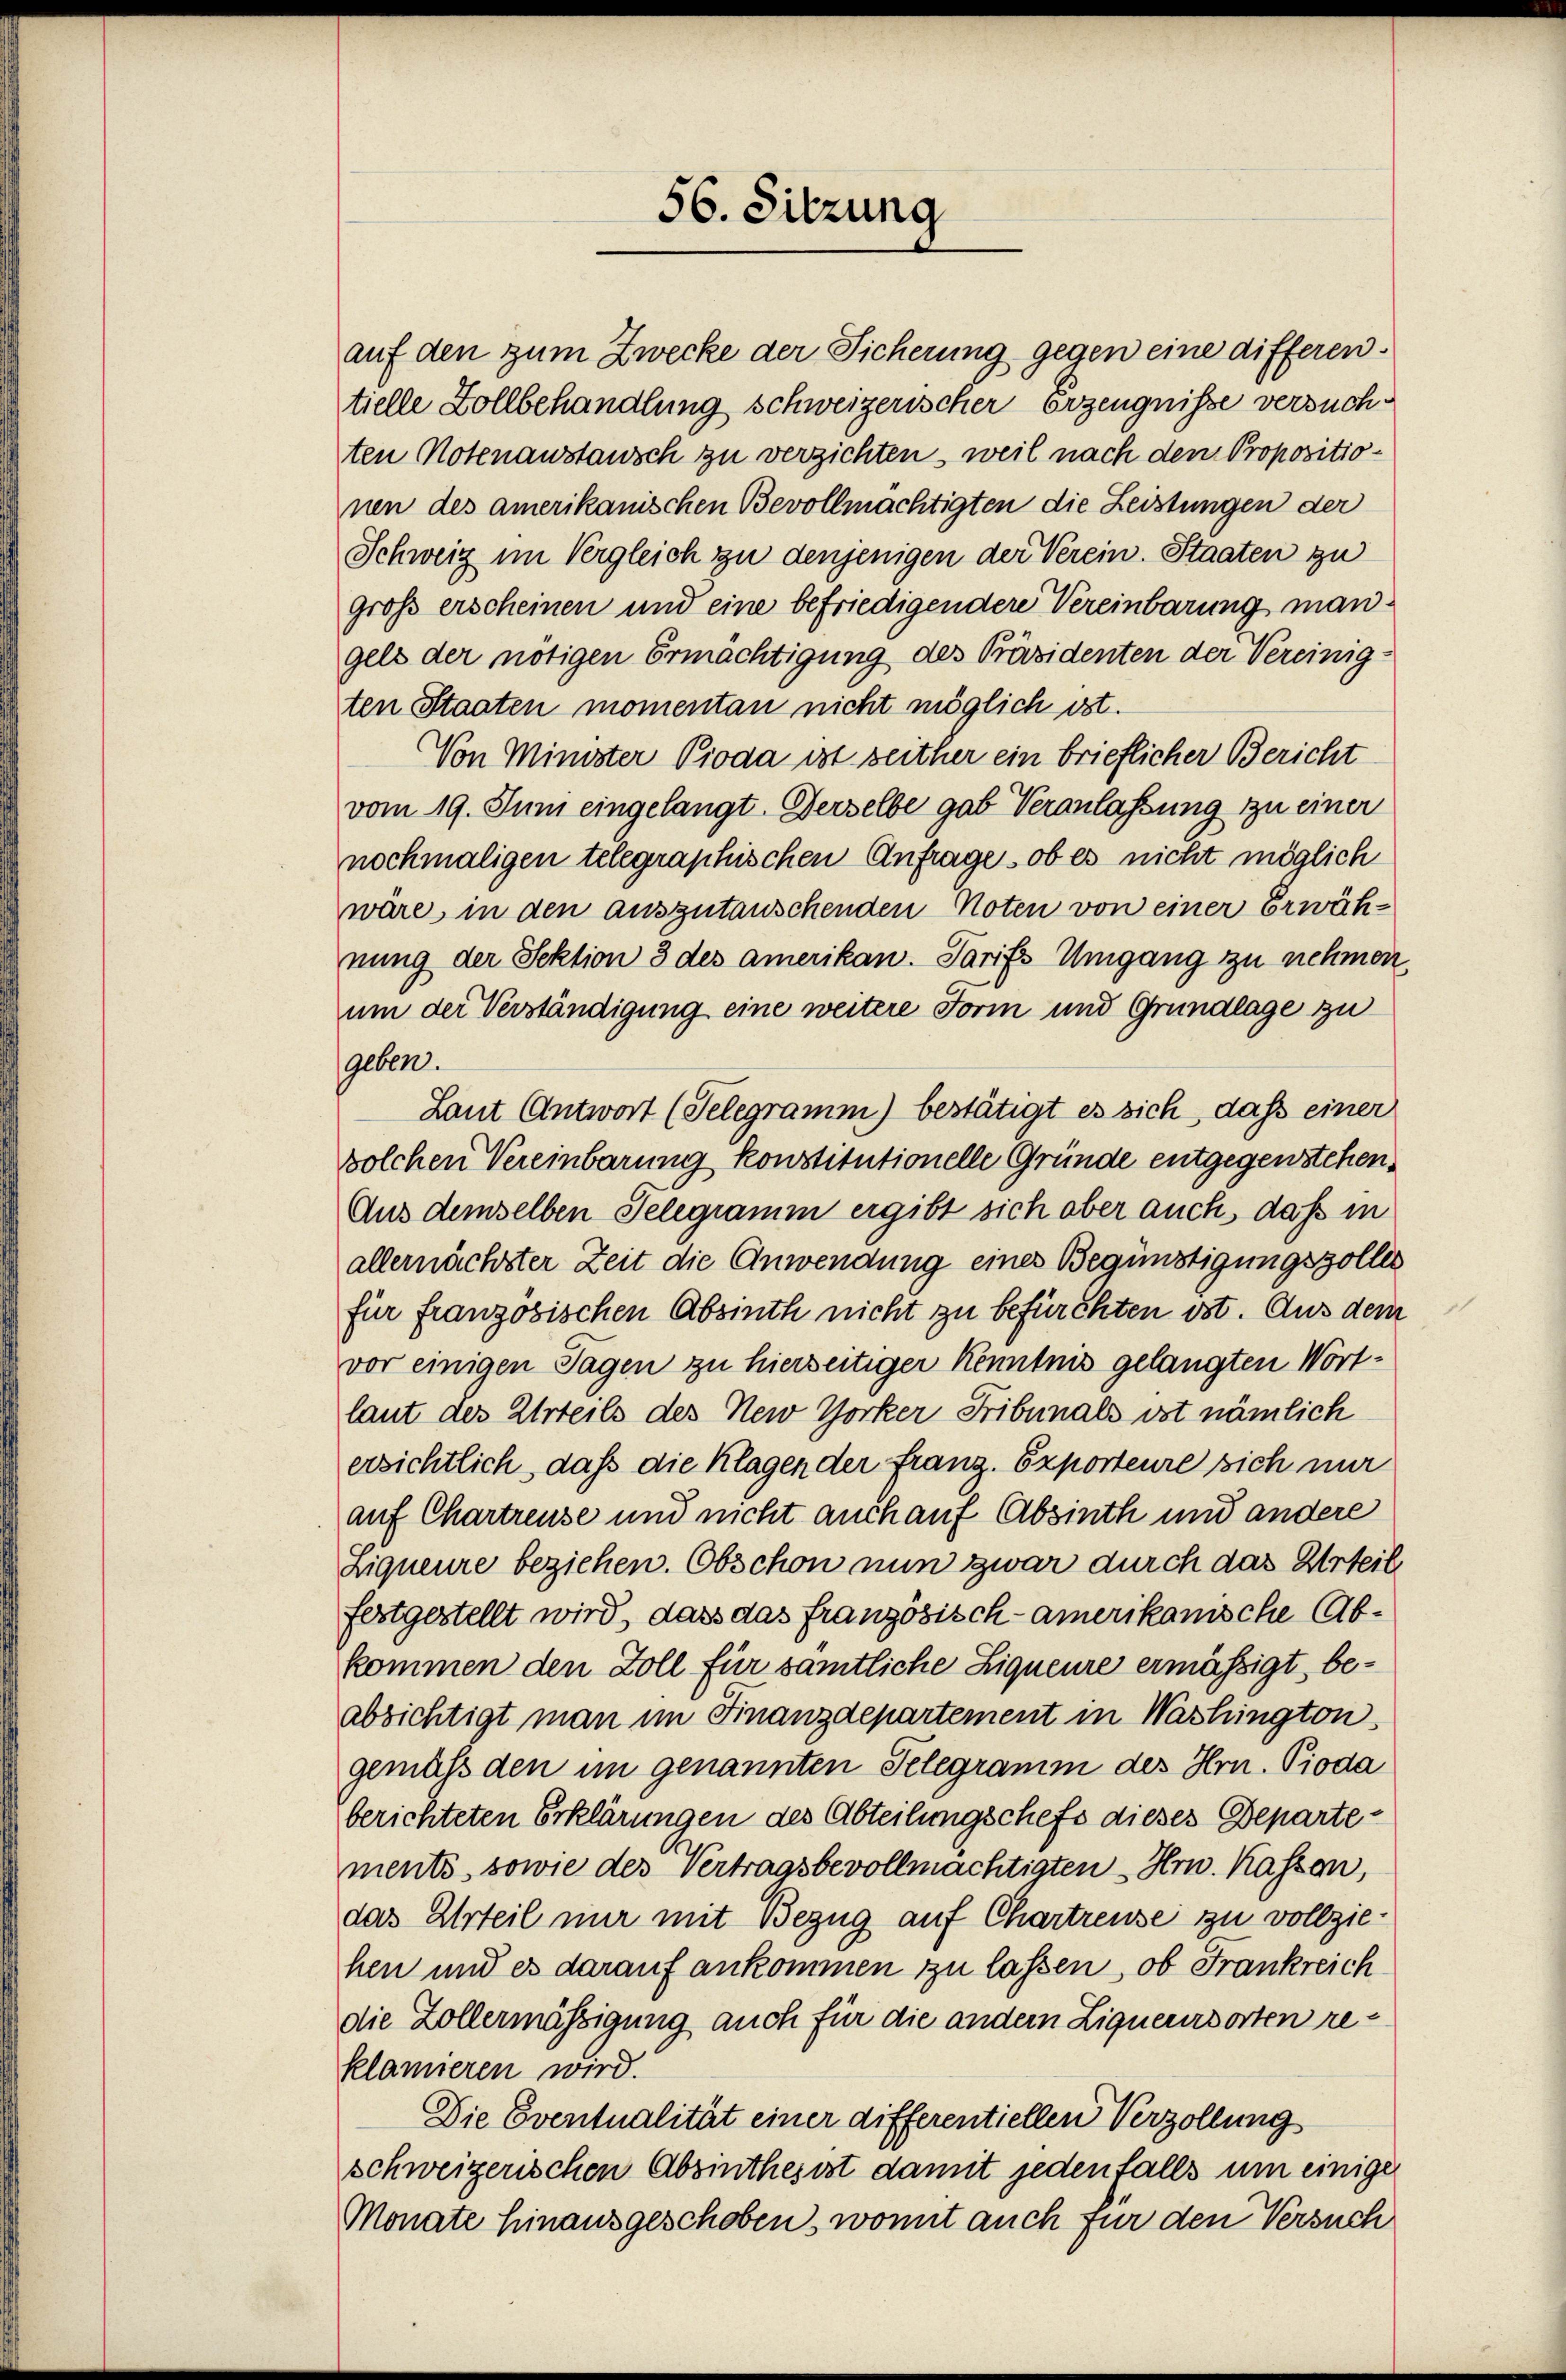
56. Sitzung

auf den zum Zwecke der Sicherung gegen eine differen.
tielle Zollbehandlung schweizerischer Erzeugnisse versuchten Notenaustausch zu verzichten, weil nach den Propositionen des amerikanischen Bevollmächtigten die Leistungen der
Schweiz im Vergleich zu denjenigen der Verein. Staaten zu
groß erscheinen und eine befriedigendere Vereinbarung man.
gels der nötigen Ermächtigung des Präsidenten der Vereinigten Staaten momentan nicht möglich ist.
Von Minister Pioda ist seither ein brieflicher Bericht
vom 19. Juni eingelangt. Derselbe gab Veranlassung zu einer
nochmaligen telegraphischen Anfrage, ob es nicht möglich
wäre, in den auszutauschenden Noten von einer erwäh-
nung der Sektion 3 des amerikan. Tarifs Umgang zu nehmen.
um der Verständigung eine weitere Form und Grundlage zu
geben.
Laut Antwort (Telegramm) bestätigt es sich, dass einer
Bolchen Vereinbarung konstitutionelle Gründe entgegenstehen.
Aus demselben Telegramm ergibt sich aber auch, daß in
allernächster Zeit die Anwendung eines Begünstigungszoller
für französischen Absinth nicht zu befürchten ist. Aus dem
vor einigen Tagen zu hierseitiger Kenntnis gelangten Wortlaut des Urteils des New Yorker Fribunals ist nämlich
ersichtlich, daß die Klagen der Franz. Exporteure sich nur
auf Chartreuse und nicht auch auf Absinth und andere
Liqueure beziehen. Obschon nun zwar durch das Urteil
festgestellt wird, dass das französisch - amerikanische Abkommen den Zoll für sämtliche Liqueure ermässigt, beabsichtigt man im Finanzdepartement in Washington.
gemäß den im genannten Telegramm des Hrn. Pioda
berichteten Erklärungen des Abteilungschefs dieses Departements, sowie des Vertragsbevollmächtigten Hrn. Kassen,
das Urteil nur mit Bezug auf Chartreuse zu vollziehen und es darauf ankommen zu lassen, ob Frankreich
die Zollermässigung auch für die andern Ligneursorten reklamieren wird.
Die Eventualität einer differentiellen Verzöllung
schweizerischen Absinthes ist damit jedenfalls um einiger
Monate hinausgeschoben, womit auch für den Versuch